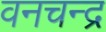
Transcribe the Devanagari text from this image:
वनचन्द्र